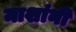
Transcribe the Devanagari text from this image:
माशांनी